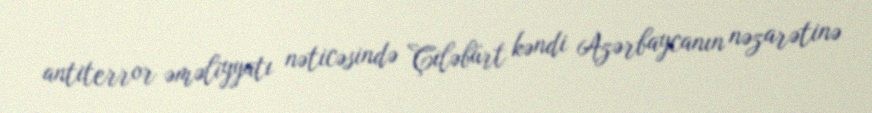
antiterror əməliyyatı nəticəsində Çiləbürt kəndi Azərbaycanın nəzarətinə